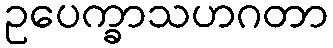
ဥပေက္ခာသဟဂတာ